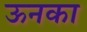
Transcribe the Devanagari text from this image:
ऊनका